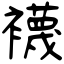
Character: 襪